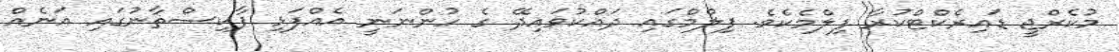
މުކެރްޖީ ޑައިރެކްޓްކުރާ ފިލްމެކެވެ. ފިލްމްގައި ދައްކުވައިދޭ ގެ ހުންނަނީ އެއްފަޅި ޕާކިސްތާނުގައި އަނެއް